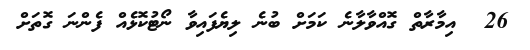
26  އިމާރާތް ގޮއްވާލާނެ ކަމަށް ބުނެ ލިޔެފައިވާ ނޯޓުކޮޅެއް ފެންނަ ގޮތަށް